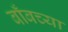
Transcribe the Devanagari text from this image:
बाँबच्या